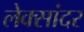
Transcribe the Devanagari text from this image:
लेक्सांदर